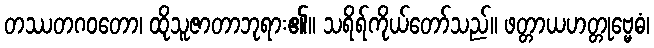
တဿတဂဝတော၊ ထိုသူဇာတာဘုရား၏။ သရိရ်ကိုယ်တော်သည်။ ဖတ္တာယဟတ္တုဗ္မေဓံ၊